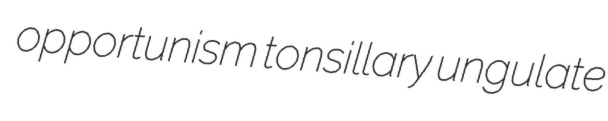
opportunism tonsillary ungulate